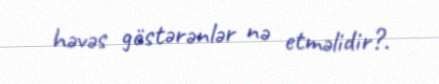
həvəs göstərənlər nə etməlidir?.